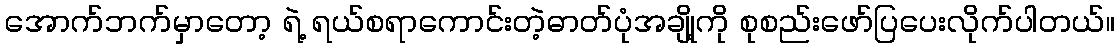
အောက်ဘက်မှာတော့ ရဲ့ ရယ်စရာကောင်းတဲ့ဓာတ်ပုံအချို့ကို စုစည်းဖော်ပြပေးလိုက်ပါတယ်။